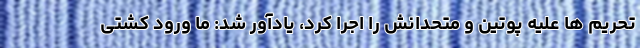
تحریم ها علیه پوتین و متحدانش را اجرا کرد، یادآور شد: ما ورود کشتی